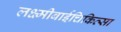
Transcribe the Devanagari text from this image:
लक्ष्मीबाईचिकित्सा